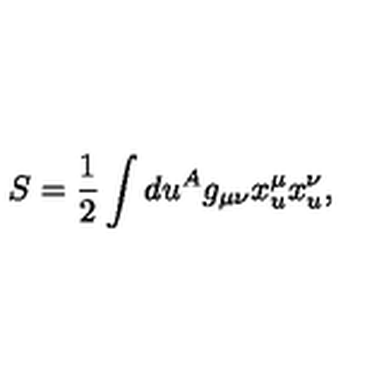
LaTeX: S = \frac { 1 } { 2 } \int d u ^ { A } g _ { \mu \nu } x _ { u } ^ { \mu } x _ { u } ^ { \nu } , \quad